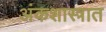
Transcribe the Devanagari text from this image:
अंकशास्त्रात